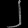
Digit: ၂